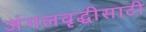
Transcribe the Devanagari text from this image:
जंगलवृद्धीसाठी